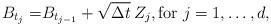
LaTeX: \begin{align*}B_{t_j} =& B_{t_{j-1}} + \sqrt{\Delta t} \, Z_j, \mbox{for } j = 1,\ldots, d,\end{align*}